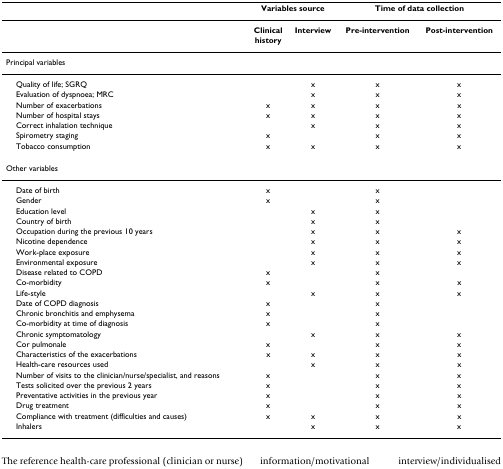
<table><thead><tr><td></td><td colspan="2"><b>Variables source</b></td><td colspan="2"><b>Time of data collection</b></td></tr></thead><tbody><tr><td></td><td><b>Clinical</b><b>history</b></td><td><b>Interview</b></td><td><b>Pre-intervention</b></td><td><b>Post-intervention</b></td></tr><tr><td>Principal variables</td><td></td><td></td><td></td><td></td></tr><tr><td> Quality of life; SGRQ</td><td></td><td>x</td><td>x</td><td>x</td></tr><tr><td> Evaluation of dyspnoea; MRC</td><td></td><td>x</td><td>x</td><td>x</td></tr><tr><td> Number of exacerbations</td><td>x</td><td>x</td><td>x</td><td>x</td></tr><tr><td> Number of hospital stays</td><td>x</td><td>x</td><td>x</td><td>x</td></tr><tr><td> Correct inhalation technique</td><td></td><td>x</td><td>x</td><td>x</td></tr><tr><td> Spirometry staging</td><td>x</td><td></td><td>x</td><td>x</td></tr><tr><td> Tobacco consumption</td><td>x</td><td>x</td><td>x</td><td>x</td></tr><tr><td>Other variables</td><td></td><td></td><td></td><td></td></tr><tr><td> Date of birth</td><td>x</td><td></td><td>x</td><td></td></tr><tr><td> Gender</td><td>x</td><td></td><td>x</td><td></td></tr><tr><td> Education level</td><td></td><td>x</td><td>x</td><td></td></tr><tr><td> Country of birth</td><td></td><td>x</td><td>x</td><td></td></tr><tr><td> Occupation during the previous 10 years</td><td></td><td>x</td><td>x</td><td>x</td></tr><tr><td> Nicotine dependence</td><td></td><td>x</td><td>x</td><td>x</td></tr><tr><td> Work-place exposure</td><td></td><td>x</td><td>x</td><td>x</td></tr><tr><td> Environmental exposure</td><td></td><td>x</td><td>x</td><td>x</td></tr><tr><td> Disease related to COPD</td><td>x</td><td></td><td>x</td><td></td></tr><tr><td> Co-morbidity</td><td>x</td><td></td><td>x</td><td>x</td></tr><tr><td> Life-style</td><td></td><td>x</td><td>x</td><td>x</td></tr><tr><td> Date of COPD diagnosis</td><td>x</td><td></td><td>x</td><td></td></tr><tr><td> Chronic bronchitis and emphysema</td><td>x</td><td></td><td>x</td><td></td></tr><tr><td> Co-morbidity at time of diagnosis</td><td>x</td><td></td><td>x</td><td></td></tr><tr><td> Chronic symptomatology</td><td></td><td>x</td><td>x</td><td>x</td></tr><tr><td> Cor pulmonale</td><td>x</td><td></td><td>x</td><td>x</td></tr><tr><td> Characteristics of the exacerbations</td><td>x</td><td>x</td><td>x</td><td>x</td></tr><tr><td> Health-care resources used</td><td></td><td>x</td><td>x</td><td>x</td></tr><tr><td> Number of visits to the clinician/nurse/specialist, and reasons</td><td>x</td><td></td><td>x</td><td>x</td></tr><tr><td> Tests solicited over the previous 2 years</td><td>x</td><td></td><td>x</td><td>x</td></tr><tr><td> Preventative activities in the previous year</td><td>x</td><td></td><td>x</td><td>x</td></tr><tr><td> Drug treatment</td><td>x</td><td></td><td>x</td><td>x</td></tr><tr><td> Compliance with treatment (difficulties and causes)</td><td>x</td><td>x</td><td>x</td><td>x</td></tr><tr><td> Inhalers</td><td></td><td>x</td><td>x</td><td>x</td></tr></tbody></table>